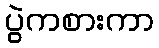
ပွဲကစားကာ